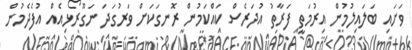
ވަށައި ބަލައިލުމުން އިރުމަތީ ފަރާތު އުދަރެސް ކައްކަމުން ރޮނގަކަށް ވަރުގަދަ ނަގޫރޯޅިއެއް އުފެދެމުން